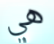
هي